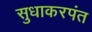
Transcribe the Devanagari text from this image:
सुधाकरपंत